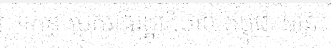
។កន្លងមករាជរដ្ឋាភិបាលកម្ពុជា បាន